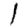
Digit: 1